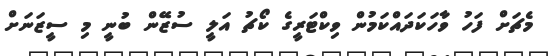
މެޗަށް ފަހު ވާހަކަދައްކަމުން ވިކްޓަރީގެ ކޯޗު އަލީ ސުޒޭން ބުނީ މި ސީޒަނަށް